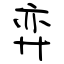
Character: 弈